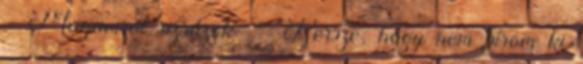
- Magamról rizsázok Persze, hogy nem bírom ki